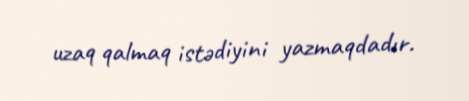
uzaq qalmaq istədiyini yazmaqdadır.